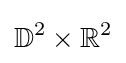
\mathbb {D} ^{2}\times \mathbb {R} ^{2}